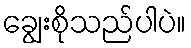
ချွေးစိုသည်ပါပဲ။